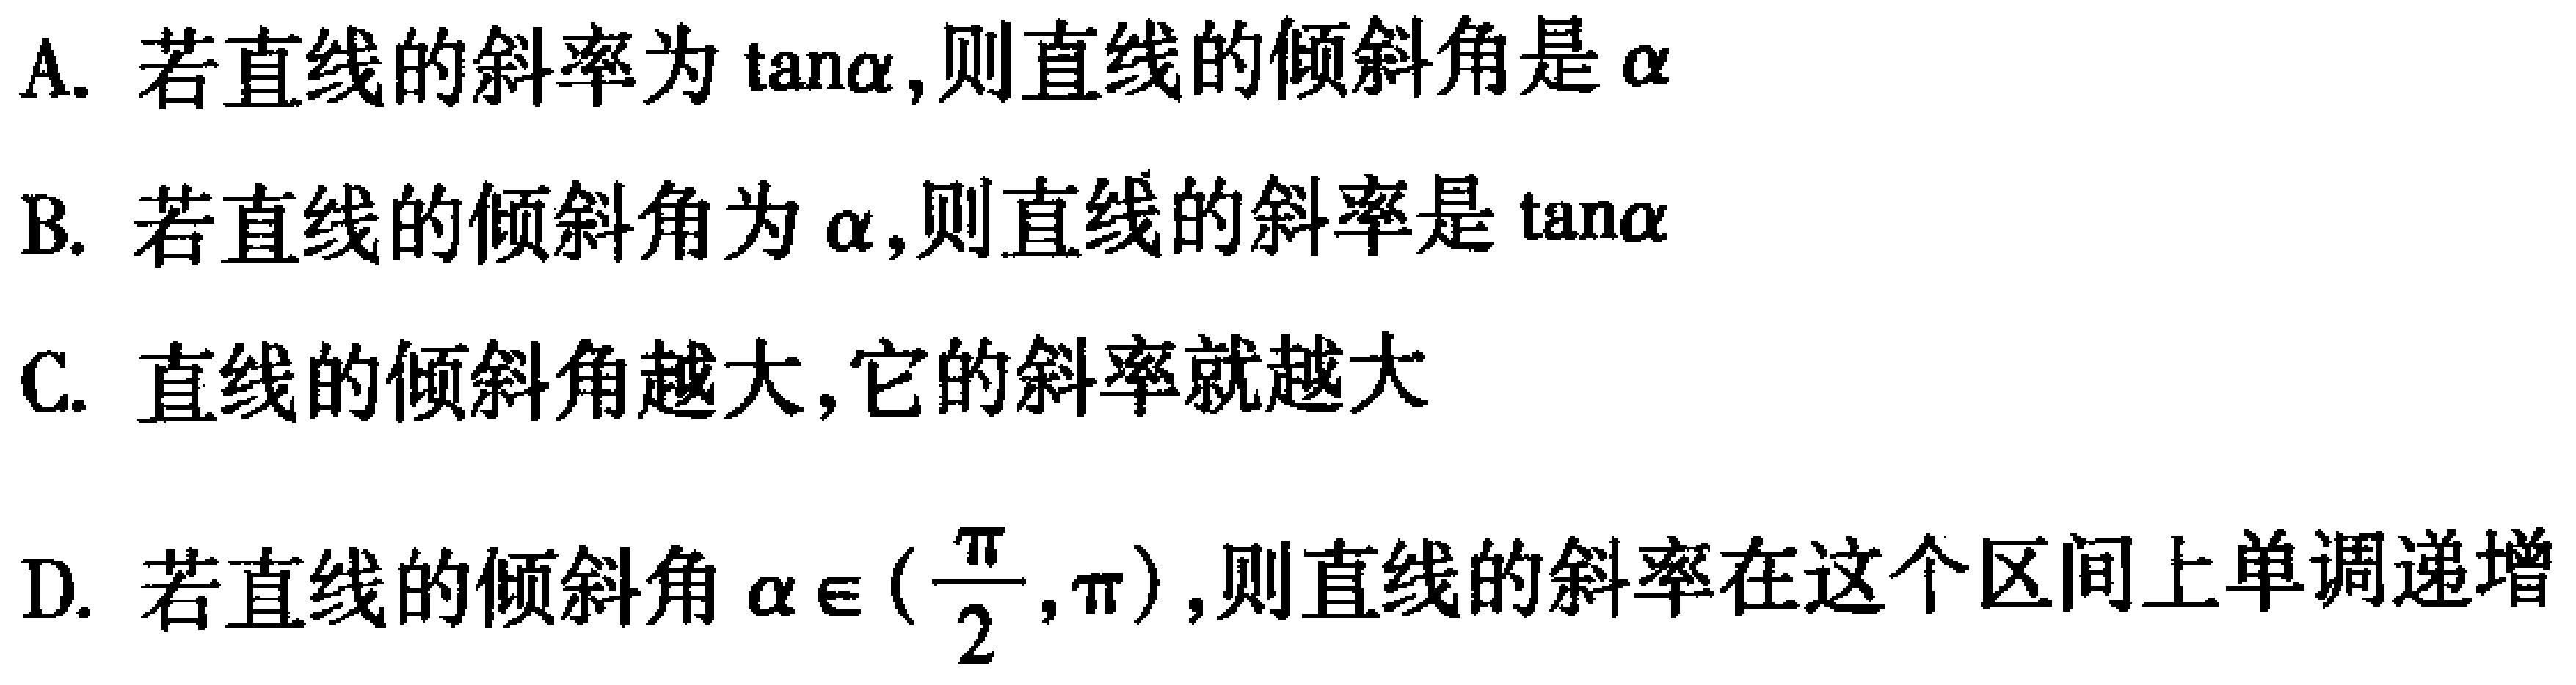
A. 若直线的斜率为\(\tan\alpha\)，则直线的倾斜角是\(\alpha\)
B. 若直线的倾斜角为\(\alpha\)，则直线的斜率是\(\tan\alpha\)
C. 直线的倾斜角越大，它的斜率就越大
D. 若直线的倾斜角\(\alpha\in(\frac{\pi}{2},\pi)\)，则直线的斜率在这个区间上单调递增